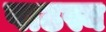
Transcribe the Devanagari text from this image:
पाठस्य